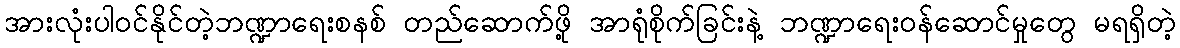
အားလုံးပါဝင်နိုင်တဲ့ဘဏ္ဍာရေးစနစ် တည်ဆောက်ဖို့ အာရုံစိုက်ခြင်းနဲ့ ဘဏ္ဍာရေးဝန်ဆောင်မှုတွေ မရရှိတဲ့